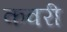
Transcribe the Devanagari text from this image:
कवरी